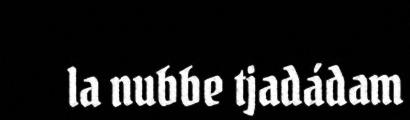
la nubbe tjadádam